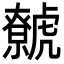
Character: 𧈏